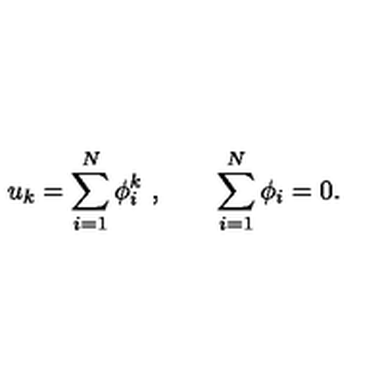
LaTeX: u _ { k } = \sum _ { i = 1 } ^ { N } \phi _ { i } ^ { k } \ , \qquad \sum _ { i = 1 } ^ { N } \phi _ { i } = 0 .